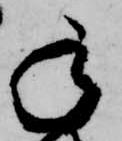
承